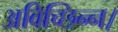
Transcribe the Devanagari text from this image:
अविच्छिन्न।